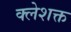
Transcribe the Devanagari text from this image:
क्लेशक्त